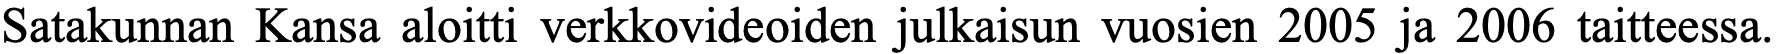
Satakunnan Kansa aloitti verkkovideoiden julkaisun vuosien 2005 ja 2006 taitteessa.